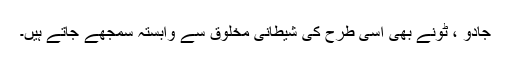
جادو ، ٹونے بھی اسی طرح کی شیطانی مخلوق سے وابستہ سمجھے جاتے ہیں۔